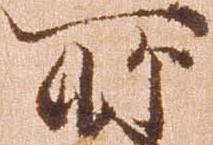
所